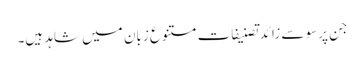
جن پرسو سے زائدتصنیفات متنوع زبان میں شاہد ہیں۔